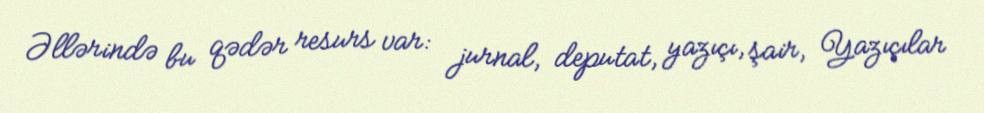
Əllərində bu qədər resurs var: jurnal, deputat, yazıçı, şair, Yazıçılar